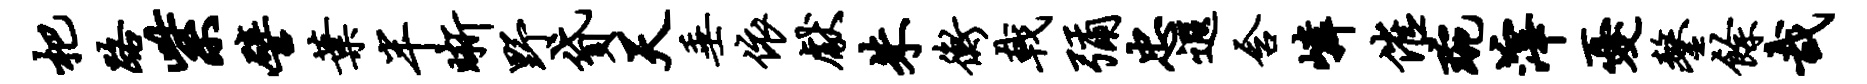
杷路紫譬叶半晰野贷天垂依献朱衡戟弥忠遐含嶙催琬滓忧鏊余哉